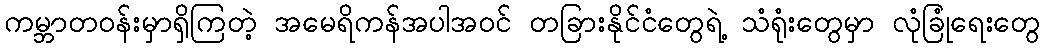
ကမ္ဘာတဝန်းမှာရှိကြတဲ့ အမေရိကန်အပါအဝင် တခြားနိုင်ငံတွေရဲ့ သံရုံးတွေမှာ လုံခြုံရေးတွေ